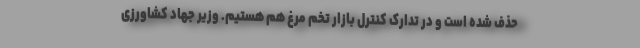
حذف شده است و در تدارک کنترل بازار تخم مرغ هم هستیم. وزیر جهاد کشاورزی